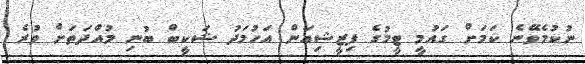
ނުކުމެވޭނެ ކަމަށް ގައުމީ ޓީމުގެ ފިޒީޝިއަން އަހުމަދު ޝަކީބް ބުނި މުއްދަތަށް ވުރެ